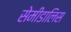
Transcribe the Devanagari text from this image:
सेमीडालिस